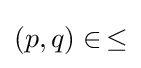
(p,q)\in \,\leq